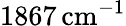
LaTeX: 1867\, \mathrm{cm}^{-1}